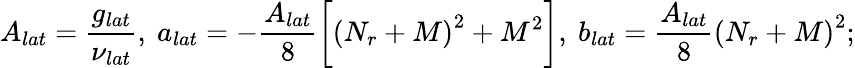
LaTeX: A_{lat}=\frac{g_{lat}}{\nu_{lat}},\mathrm{~}a_{lat}=-\frac{A_{lat}}{8}\bigg[\left(N_{r}+M\right)^{2}+M^{2}\bigg],\mathrm{~}b_{lat}=\frac{A_{lat}}{8}\left(N_{r}+M\right)^{2};